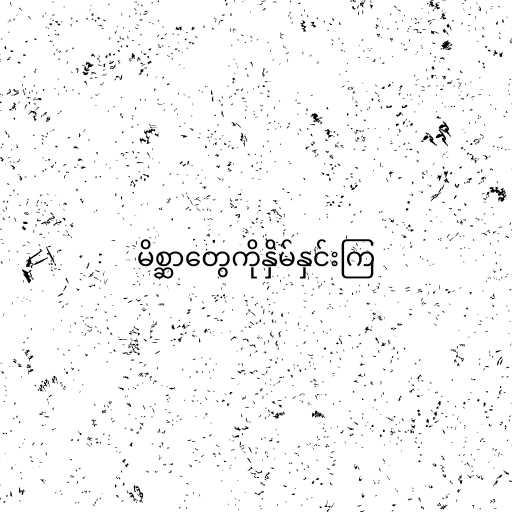
မိစ္ဆာတွေကိုနှိမ်နှင်းကြ